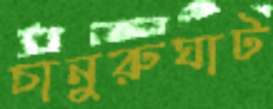
চানুরুঘাট